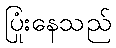
ပြုံးနေသည်